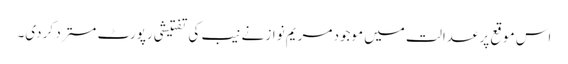
اس موقع پر عدالت میں موجود مریم نواز نے نیب کی تفتیشی رپورٹ مسترد کر دی۔